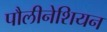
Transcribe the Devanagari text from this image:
पौलीनेशियन